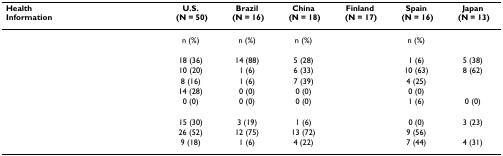
<table><thead><tr><td><b>Health Information</b></td><td><b>U.S. (N = 50)</b></td><td><b>Brazil (N = 16)</b></td><td><b>China (N = 18)</b></td><td><b>Finland (N = 17)</b></td><td><b>Spain (N = 16)</b></td><td><b>Japan (N = 13)</b></td></tr></thead><tbody><tr><td>[EMPTY_CELL]</td><td>n (%)</td><td>n (%)</td><td>n (%)</td><td>[EMPTY_CELL]</td><td>n (%)</td><td>[EMPTY_CELL]</td></tr><tr><td>[EMPTY_CELL]</td><td>[EMPTY_CELL]</td><td>[EMPTY_CELL]</td><td>[EMPTY_CELL]</td><td>[EMPTY_CELL]</td><td>[EMPTY_CELL]</td><td>[EMPTY_CELL]</td></tr><tr><td>[EMPTY_CELL]</td><td>18 (36)</td><td>14 (88)</td><td>5 (28)</td><td>[EMPTY_CELL]</td><td>1 (6)</td><td>5 (38)</td></tr><tr><td>[EMPTY_CELL]</td><td>10 (20)</td><td>1 (6)</td><td>6 (33)</td><td>[EMPTY_CELL]</td><td>10 (63)</td><td>8 (62)</td></tr><tr><td>[EMPTY_CELL]</td><td>8 (16)</td><td>1 (6)</td><td>7 (39)</td><td>[EMPTY_CELL]</td><td>4 (25)</td><td>[EMPTY_CELL]</td></tr><tr><td>[EMPTY_CELL]</td><td>14 (28)</td><td>0 (0)</td><td>0 (0)</td><td>[EMPTY_CELL]</td><td>0 (0)</td><td>[EMPTY_CELL]</td></tr><tr><td>[EMPTY_CELL]</td><td>0 (0)</td><td>0 (0)</td><td>0 (0)</td><td>[EMPTY_CELL]</td><td>1 (6)</td><td>0 (0)</td></tr><tr><td>[EMPTY_CELL]</td><td>[EMPTY_CELL]</td><td>[EMPTY_CELL]</td><td>[EMPTY_CELL]</td><td>[EMPTY_CELL]</td><td>[EMPTY_CELL]</td><td>[EMPTY_CELL]</td></tr><tr><td>[EMPTY_CELL]</td><td>15 (30)</td><td>3 (19)</td><td>1 (6)</td><td>[EMPTY_CELL]</td><td>0 (0)</td><td>3 (23)</td></tr><tr><td>[EMPTY_CELL]</td><td>26 (52)</td><td>12 (75)</td><td>13 (72)</td><td>[EMPTY_CELL]</td><td>9 (56)</td><td>[EMPTY_CELL]</td></tr><tr><td>[EMPTY_CELL]</td><td>9 (18)</td><td>1 (6)</td><td>4 (22)</td><td>[EMPTY_CELL]</td><td>7 (44)</td><td>4 (31)</td></tr></tbody></table>